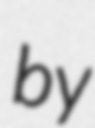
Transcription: by